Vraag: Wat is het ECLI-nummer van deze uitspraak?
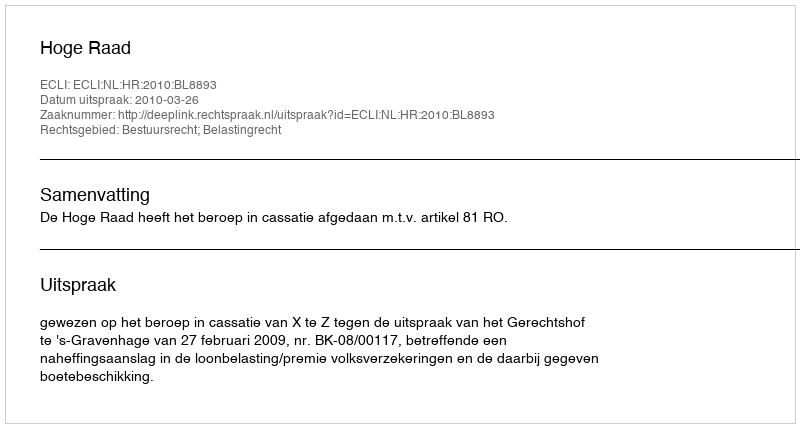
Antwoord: ECLI:NL:HR:2010:BL8893